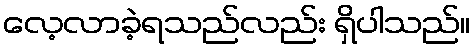
လေ့လာခဲ့ရသည်လည်း ရှိပါသည်။